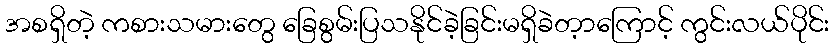
အစရှိတဲ့ ကစားသမားတွေ ခြေစွမ်းပြသနိုင်ခဲ့ခြင်းမရှိခဲတ့ာကြောင့် ကွင်းလယ်ပိုင်း